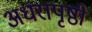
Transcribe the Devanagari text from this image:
अधरापृष्ठी